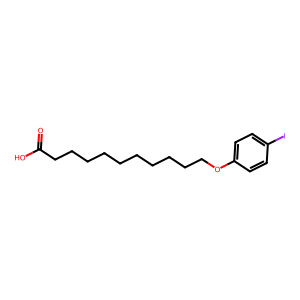
SMILES: O=C(O)CCCCCCCCCCOc1ccc(I)cc1
Inhibits HIV replication: No